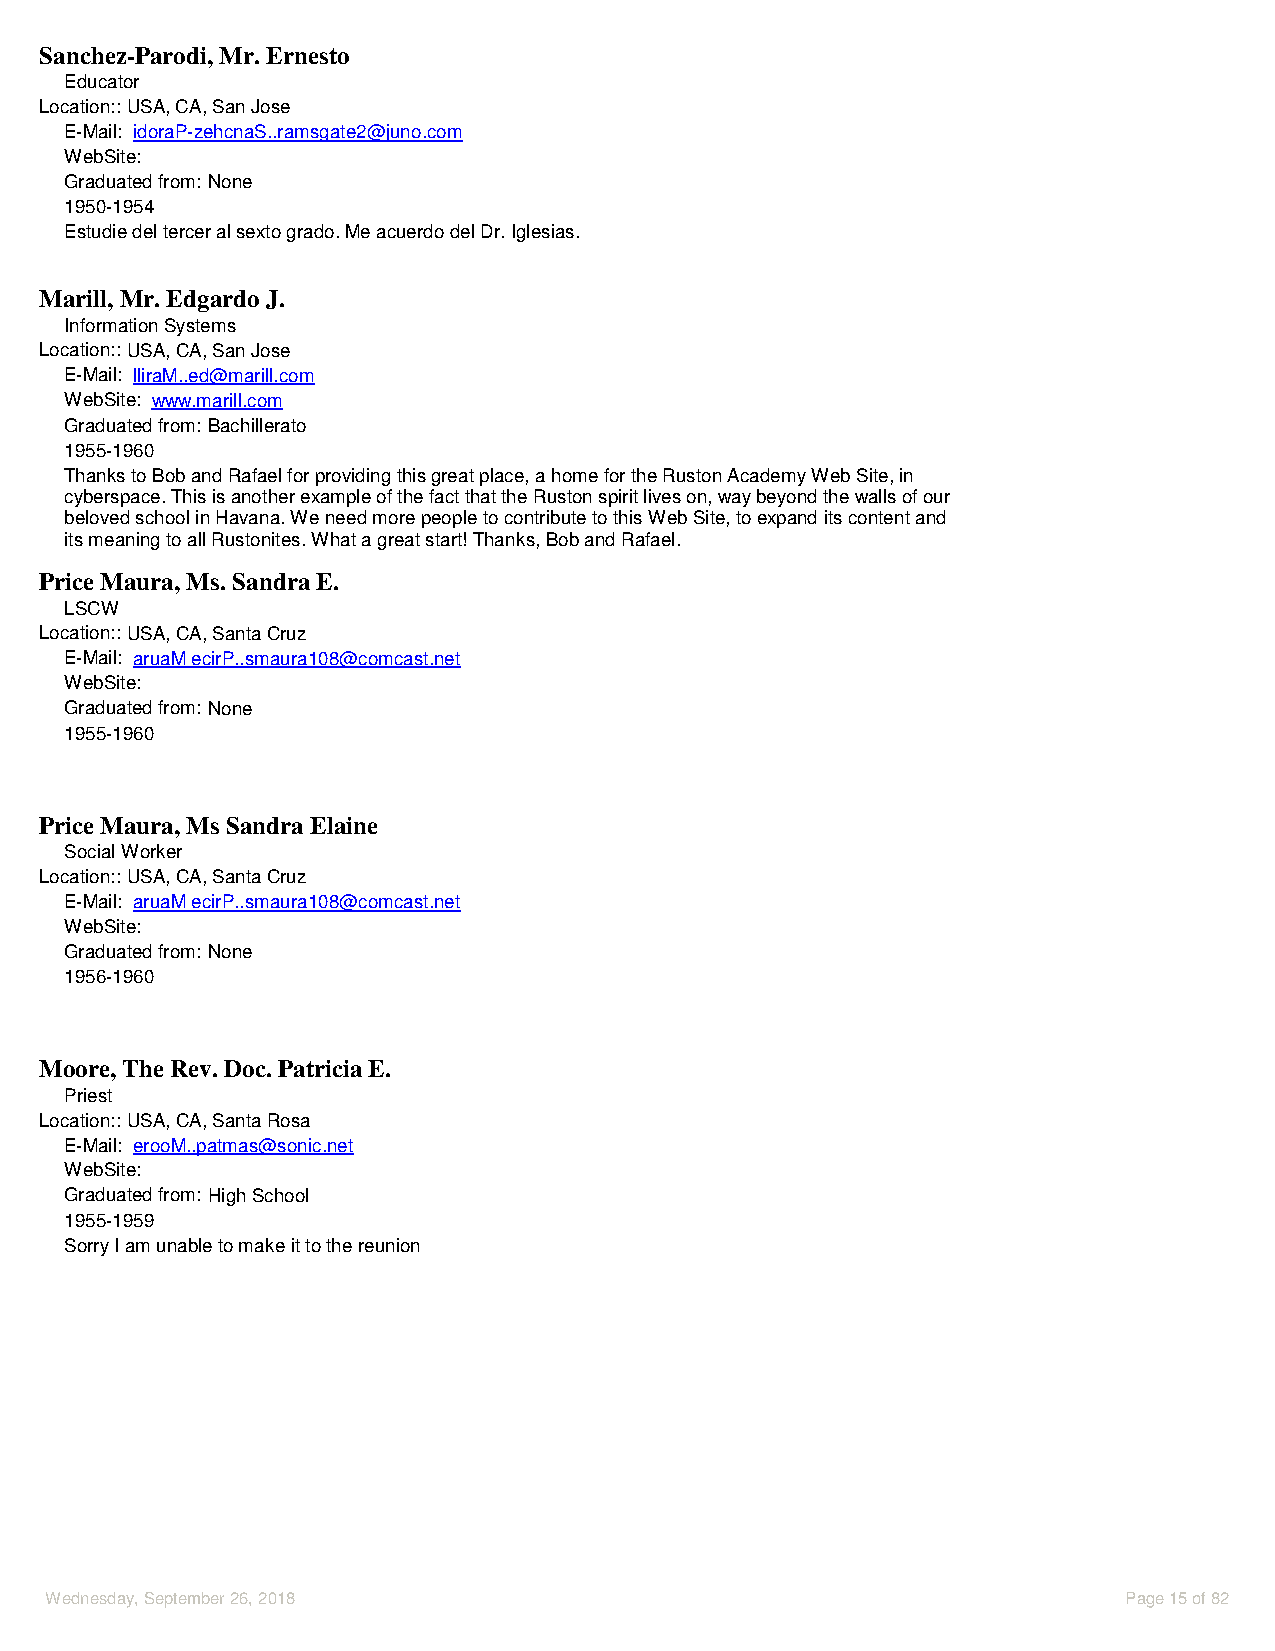
Sanchez-Parodi, Mr. Ernesto
 Educator
 Location::USA, CA, San Jose
 E-Mail: idoraP-zehcnaS..ramsgate2@juno.com
 WebSite:
 Graduated from: None
 1950-1954
 Estudie del tercer al sexto grado. Me acuerdo del Dr. Iglesias.
 Marill, Mr. Edgardo J.
 Information Systems
 Location::USA, CA, San Jose
 E-Mail: lliraM..ed@marill.com
 WebSite: www.marill.com
 Graduated from: Bachillerato
 1955-1960
 Thanks to Bob and Rafael for providing this great place, a home for the Ruston Academy Web Site, in
 cyberspace. This is another example of the fact that the Ruston spirit lives on, way beyond the walls of our
 beloved school in Havana. We need more people to contribute to this Web Site, to expand its content and
 its meaning to all Rustonites. What a great start! Thanks, Bob and Rafael.
 Price Maura, Ms. Sandra E.
 LSCW
 Location::USA, CA, Santa Cruz
 E-Mail: aruaM ecirP..smaura108@comcast.net
 WebSite:
 Graduated from: None
 1955-1960
 Price Maura, Ms Sandra Elaine
 Social Worker
 Location::USA, CA, Santa Cruz
 E-Mail: aruaM ecirP..smaura108@comcast.net
 WebSite:
 Graduated from: None
 1956-1960
 Moore, The Rev. Doc. Patricia E.
 Priest
 Location::USA, CA, Santa Rosa
 E-Mail: erooM..patmas@sonic.net
 WebSite:
 Graduated from: High School
 1955-1959
 Sorry I am unable to make it to the reunion
 Wednesday, September 26, 2018                                           Page 15 of 82